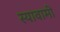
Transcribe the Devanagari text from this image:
स्यावामी